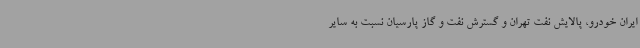
ایران خودرو، پالایش نفت تهران و گسترش نفت و گاز پارسیان نسبت به سایر